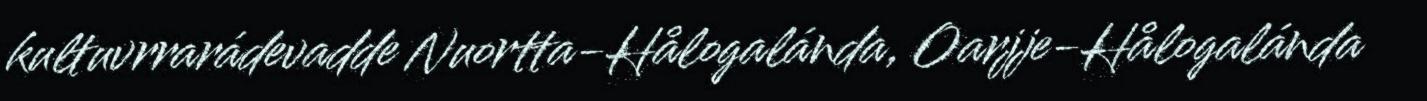
kultuvrrarádevadde Nuortta-Hålogalánda, Oarjje-Hålogalánda